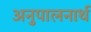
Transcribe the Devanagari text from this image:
अनुपालनार्थ